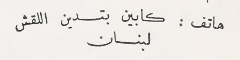
هاتف : كابين بتدين اللقش لبنان